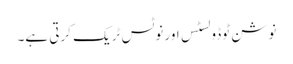
نوشن ٹوڈو لسٹس اور نوٹس ٹریک کرتی ہے۔